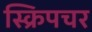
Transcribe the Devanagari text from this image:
स्क्रिपचर